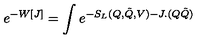
e ^ { - W [ J ] } = \int e ^ { - S _ { L } ( Q , \tilde { Q } , V ) - J . ( Q \tilde { Q } ) }